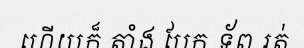
ហើយក៏ តាំង បែក ទ័ព រត់